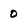
Character: 0